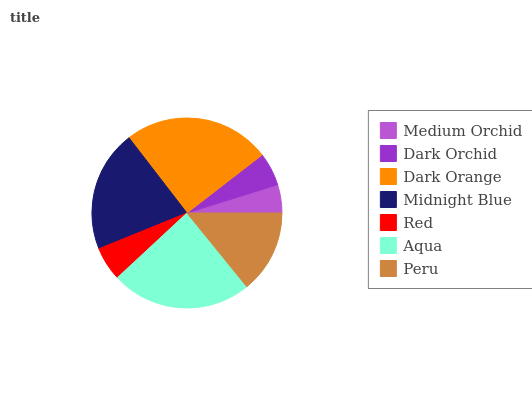
| Medium Orchid | Dark Orchid | Dark Orange | Midnight Blue | Red | Aqua | Peru |
 | --- | --- | --- | --- | --- | --- | --- |
 | 4.81% | 5.67% | 25% | 20.7% | 5.78% | 23.9% | 14.1% |